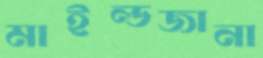
মাইল্ডজানা